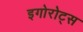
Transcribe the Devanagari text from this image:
इगोरोट्स